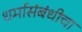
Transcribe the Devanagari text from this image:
धर्मासंबंधीचा